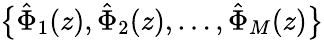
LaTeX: \bigl\{ \hat{\Phi}_{1}(z),\hat{\Phi}_{2}(z),\ldots,\hat{\Phi}_{M}(z)\bigr\}